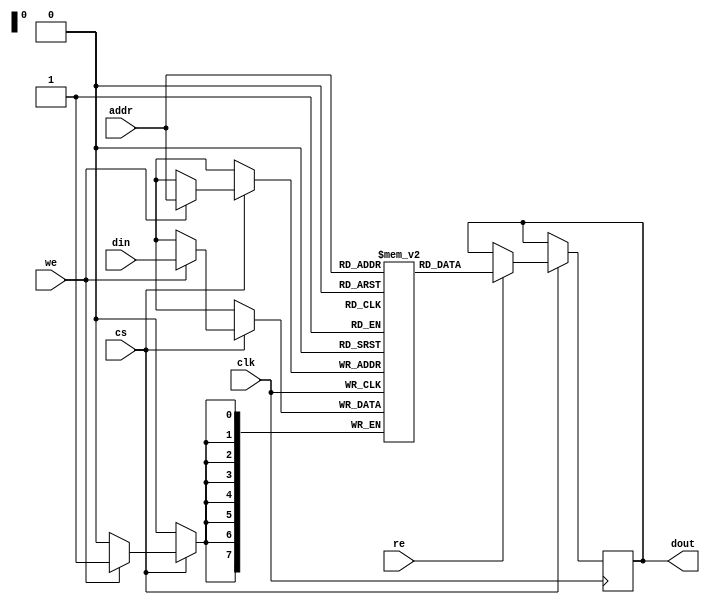
module eSRAM #(
    parameter ADDR_WIDTH = 8,  // Address width (number of address bits)
    parameter DATA_WIDTH = 8,   // Data width (number of data bits)
    parameter MEM_SIZE = 256     // Total memory size (number of words)
)(
    input wire clk,              // Clock signal
    input wire cs,               // Chip select
    input wire we,               // Write enable
    input wire re,               // Read enable
    input wire [ADDR_WIDTH-1:0] addr, // Address input
    input wire [DATA_WIDTH-1:0] din,  // Data input
    output reg [DATA_WIDTH-1:0] dout  // Data output
);

    // Memory array declaration
    reg [DATA_WIDTH-1:0] mem [0:MEM_SIZE-1];

    // Read and Write operations
    always @(posedge clk) begin
        if (cs) begin
            if (we) begin
                // Write operation
                mem[addr] <= din;
            end
            if (re) begin
                // Read operation
                dout <= mem[addr];
            end
        end
    end

endmodule